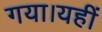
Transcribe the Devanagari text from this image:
गया।यहीं